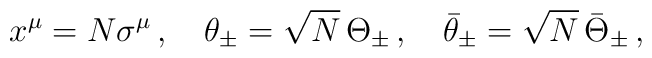
x^{\mu} = N \sigma^{\mu}\, ,\quad \theta_{\pm} = \sqrt{N}\,\Theta_{\pm}\, ,\quad \bar\theta_{\pm} = \sqrt{N}\,\bar\Theta_{\pm}\, ,